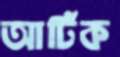
আর্টিক